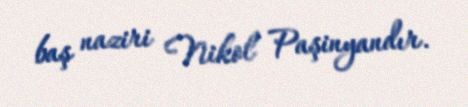
baş naziri Nikol Paşinyandır.